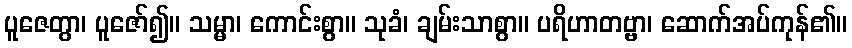
ပူဇေတွာ၊ ပူဇော်၍။ သမ္မာ၊ ကောင်းစွာ။ သုခံ၊ ချမ်းသာစွာ။ ပရိဟာတဗ္ဗာ၊ ဆောက်အပ်ကုန်၏။